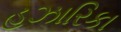
હઝારિકા